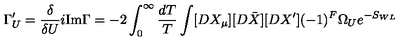
\Gamma _ { U } ^ { \prime } = \frac { \delta } { \delta U } i \mathrm { I m } \Gamma = - 2 \int _ { 0 } ^ { \infty } \frac { d T } { T } \int [ D X _ { \mu } ] [ D \bar { X } ] [ D X ^ { \prime } ] ( - 1 ) ^ { F } \Omega _ { U } e ^ { - S _ { W L } }